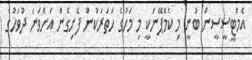
އެމްޓީސީސީން ބުނީ މި ކެމްޕޭނަކީ މި މަހުގެ ހަތަރަކުން ފެށިގެން އަށްވަނަ ދުވަހުގެ